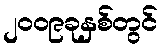
၂၀၀၉ခုနှစ်တွင်